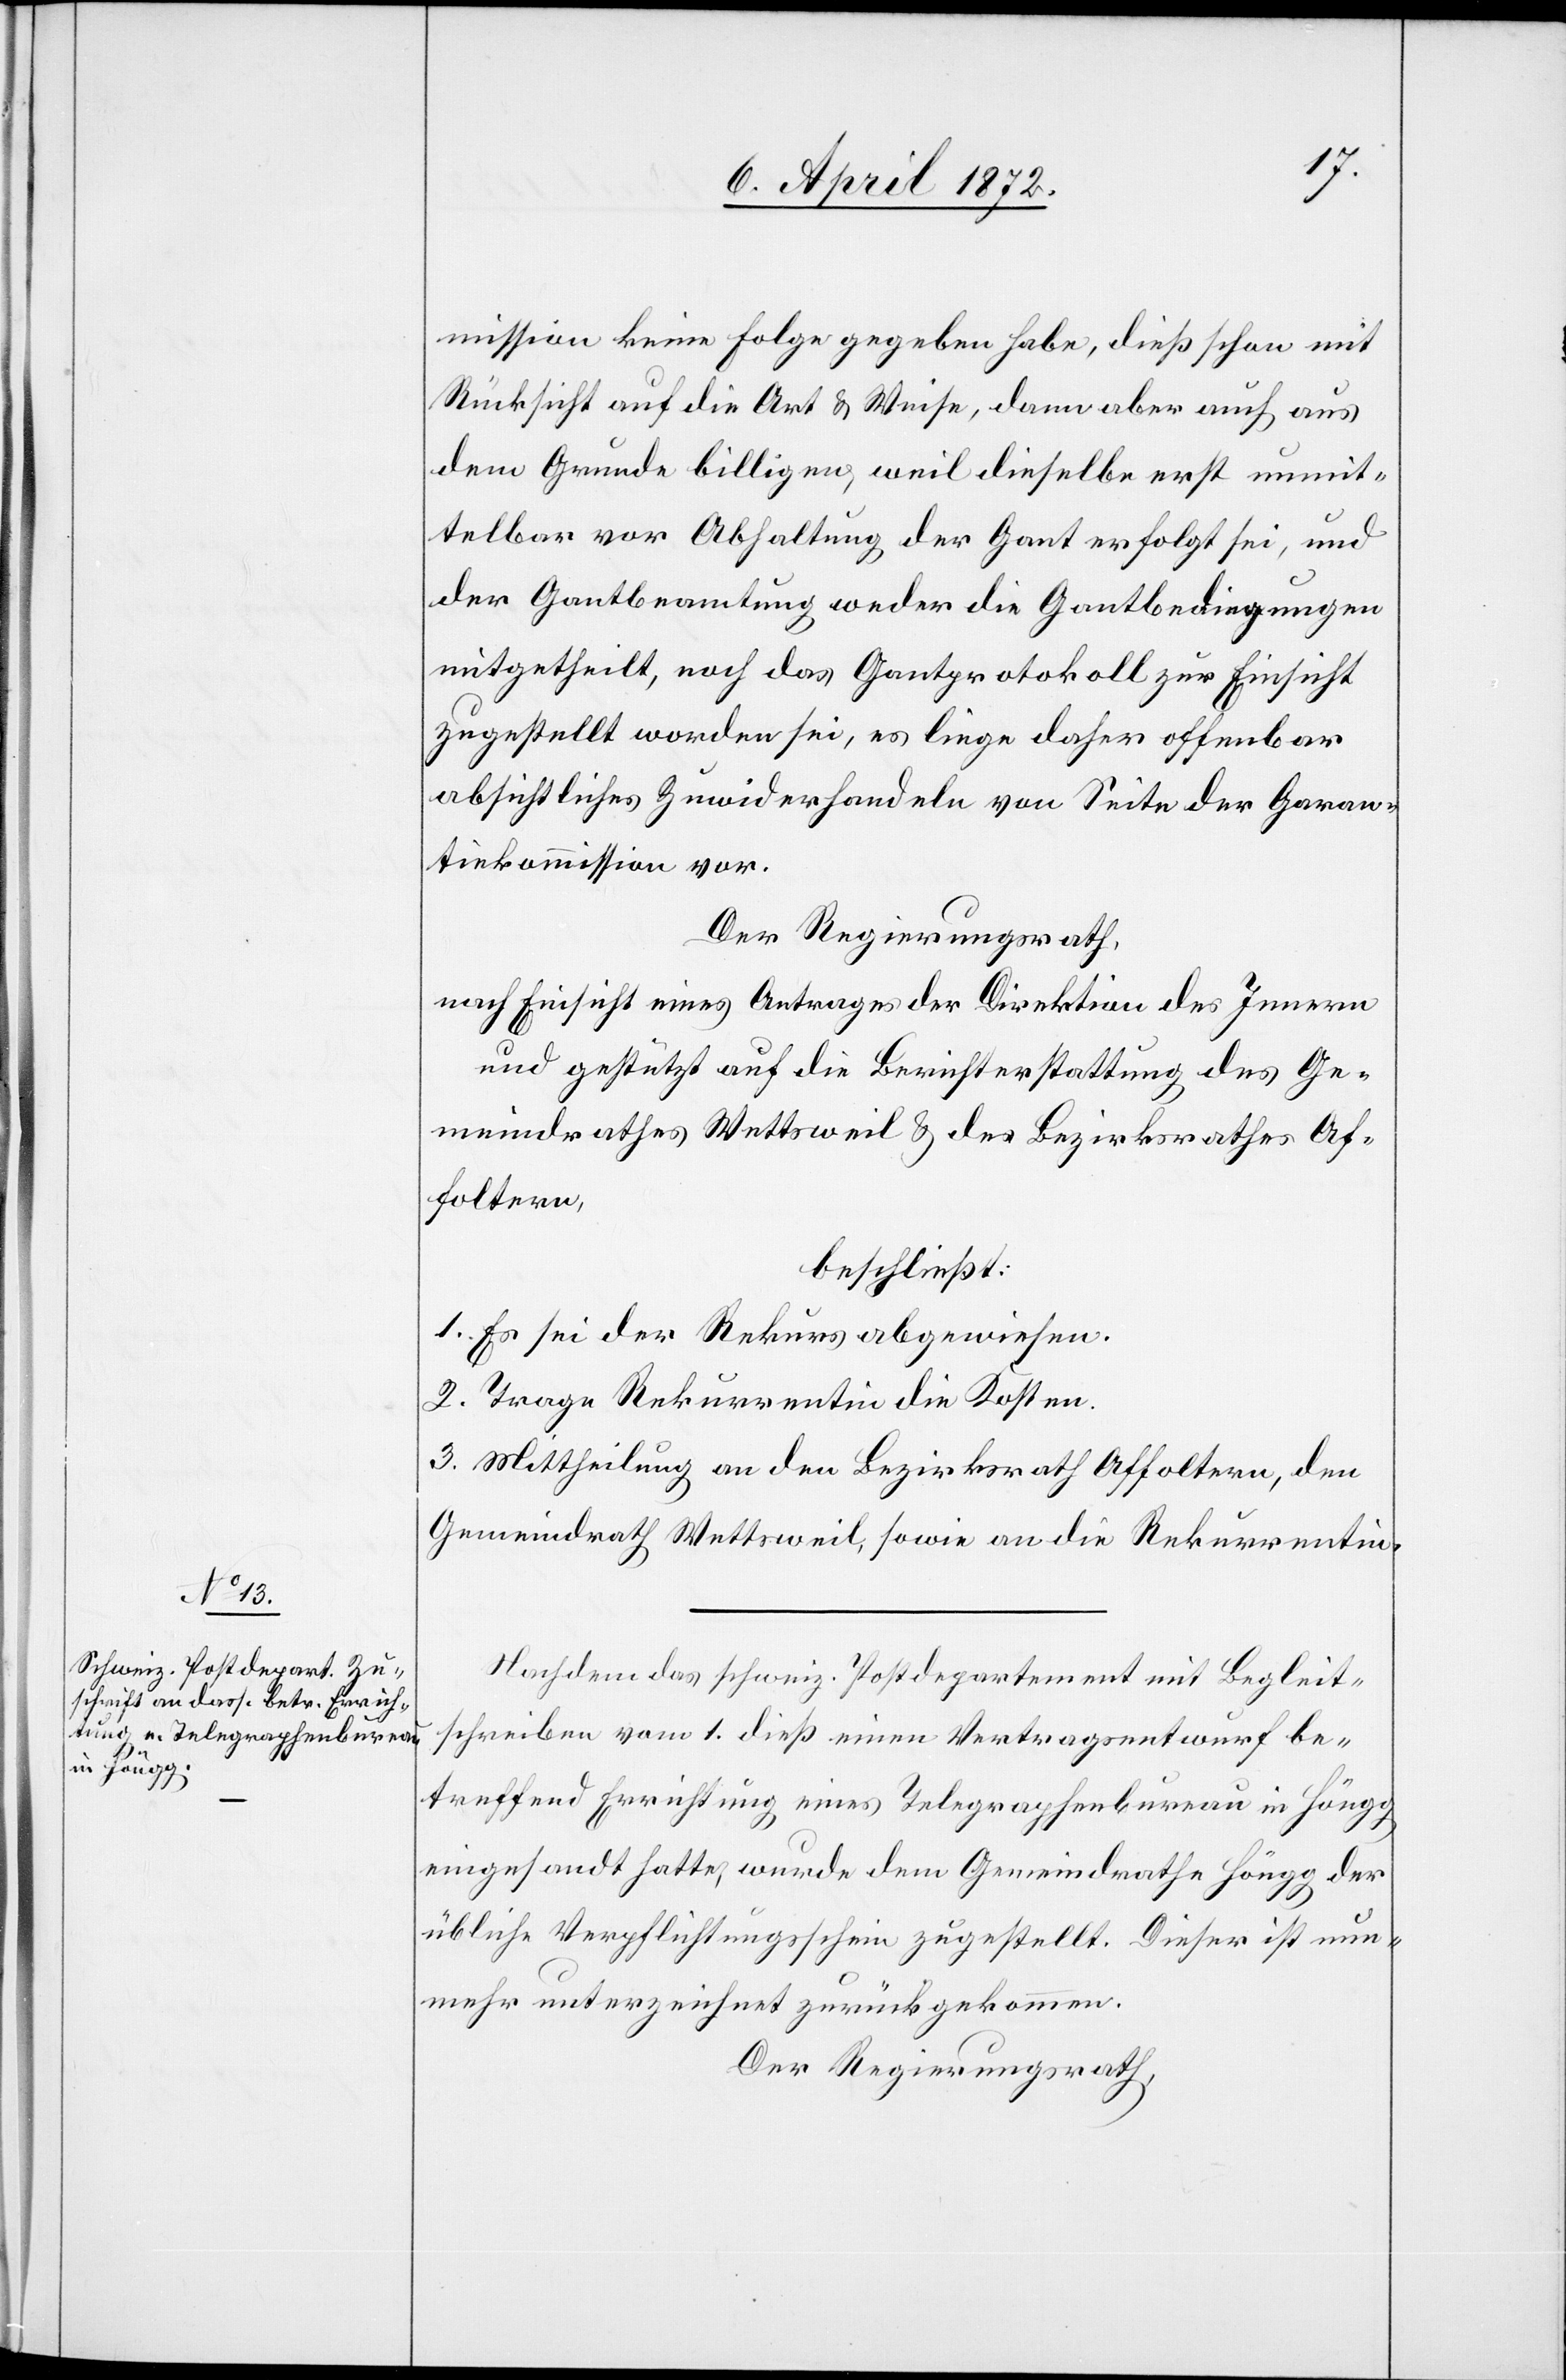
mission keine Folge gegeben habe, dieß schon mit
Rücksicht auf die Art u. Weise, dann aber auch aus
dem Grunde billigen, weil dieselbe erst unmit¬
telbar vor Abhaltung der Gant erfolgt sei, und
der Gantbeamtung weder die Gantbedingungen
mitgetheilt, noch das Gantprotokoll zur Einsicht
zugestellt worden sei, es liege daher offenbar
absichtliches Zuwiderhandeln von Seite der Garan¬
tiekommission vor.
Der Regierungsrath,
nach Einsicht eines Antrages der Direktion des Innern
und gestützt auf die Berichterstattung des Ge¬
meindrathes Wettsweil u. der Bezirksrathes Af¬
foltern,
beschließt:
1. Es sei der Rekurs abgewiesen.
2. Trage Rekurrentin die Kosten.
3. Mittheilung an den Bezirksrath Affoltern, den
Gemeindrath Wettsweil, sowie an die Rekurrentin.
Nachdem das schweiz. Postdepartement mit Begleit¬
schreiben vom 1. dieß einen Vertragsentwurf be¬
treffend Errichtung eines Telegraphenbureau in Höngg
eingesandt hatte, wurde dem Gemeindrathe Höngg der
übliche Verpflichtungsschein zugestellt. Dieser ist nun¬
mehr unterzeichnet zurückgekommen.
Der Regierungsrath,